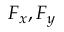
F _ { x } , F _ { y }